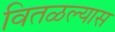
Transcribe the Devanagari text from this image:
वितळल्यास